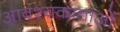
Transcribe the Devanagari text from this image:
आवश्यकाताओं